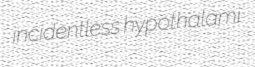
incidentless hypothalami